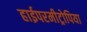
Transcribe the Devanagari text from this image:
हाईपरमीट्रोपिया